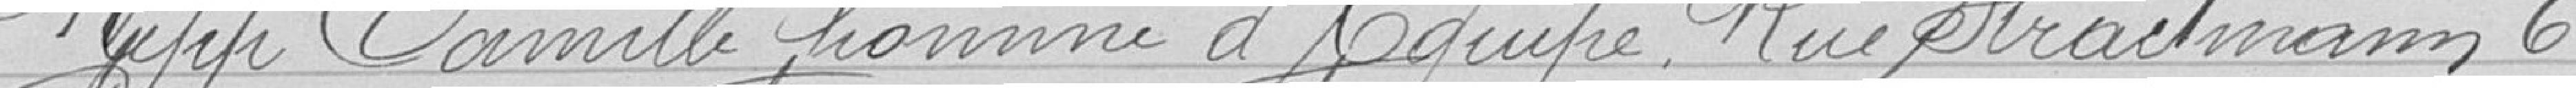
Kipp Camille, homme d'équipe, Rue Straitmann 6